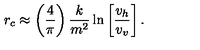
r _ { c } \approx \left( \frac { 4 } { \pi } \right) \frac { k } { m ^ { 2 } } \ln \left[ \frac { v _ { h } } { v _ { v } } \right] .